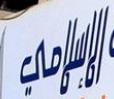
الإسلامي